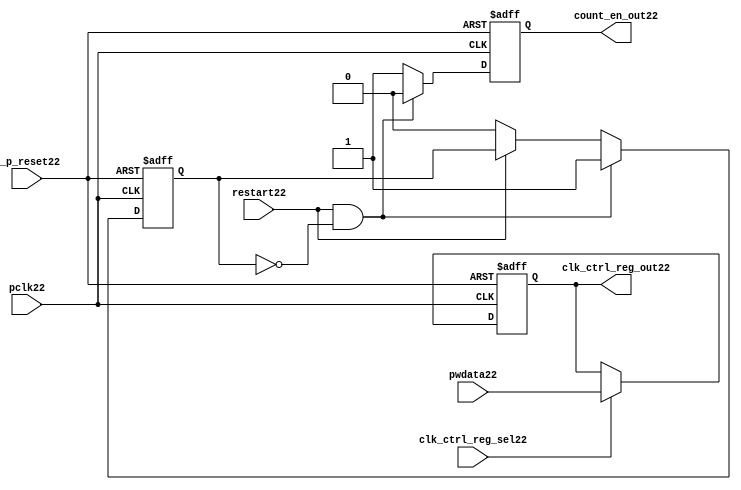
//File22 name   : ttc_count_rst_lite22.v
//Title22       : 
//Created22     : 1999
//Description22 : TTC22 counter reset block
//Notes22       : 
//----------------------------------------------------------------------
//   Copyright22 1999-2010 Cadence22 Design22 Systems22, Inc22.
//   All Rights22 Reserved22 Worldwide22
//
//   Licensed22 under the Apache22 License22, Version22 2.0 (the
//   "License22"); you may not use this file except22 in
//   compliance22 with the License22.  You may obtain22 a copy of
//   the License22 at
//
//       http22://www22.apache22.org22/licenses22/LICENSE22-2.0
//
//   Unless22 required22 by applicable22 law22 or agreed22 to in
//   writing, software22 distributed22 under the License22 is
//   distributed22 on an "AS22 IS22" BASIS22, WITHOUT22 WARRANTIES22 OR22
//   CONDITIONS22 OF22 ANY22 KIND22, either22 express22 or implied22.  See
//   the License22 for the specific22 language22 governing22
//   permissions22 and limitations22 under the License22.
//----------------------------------------------------------------------

module ttc_count_rst_lite22(

  //inputs22
  n_p_reset22,                             
  pclk22, 
  pwdata22,                                                           
  clk_ctrl_reg_sel22,
  restart22,        

  //outputs22
  count_en_out22,
  clk_ctrl_reg_out22

  );


//-----------------------------------------------------------------------------
// PORT DECLARATIONS22
//-----------------------------------------------------------------------------

   // inputs22
   input n_p_reset22;                 // Reset22 signal22
   input pclk22;                    // APB22 System22 clock22
   input [6:0] pwdata22;           // 7-Bit22 pwdata22 from APB22 interface
   input clk_ctrl_reg_sel22;        // Select22 for the clk_ctrl_reg22
   input restart22;                 // Restart22 reset from cntr_ctrl_reg22

   // outputs22
   output count_en_out22;
   output [6:0] clk_ctrl_reg_out22; // Controls22 clock22 selected


//-----------------------------------------------------------------------------
// Internal Signals22 & Registers22
//-----------------------------------------------------------------------------


   
   reg [6:0]    clk_ctrl_reg22;     //7-bit clock22 control22 register.
   
   reg          restart_var22;      //ensures22 prescaler22 reset at start of restart22 
   
   reg          count_en22;         //enable signal22 to counter

   
   wire [6:0]   clk_ctrl_reg_out22; //clock22 control22 output wire
   wire         count_en_out22;     //counter enable output
   
   
//-----------------------------------------------------------------------------
// Logic22 Section22:


//
//    p_clk_ctrl22: Process22 to implement the clk_ctrl_reg22.  
//                When22 select22 line is set then22 the data will be inserted22 to 
//                the clock22 control22 register, otherwise22 it will be equal22 to 
//                the previous value of the register, else it will be zero.
//-----------------------------------------------------------------------------

   assign clk_ctrl_reg_out22  = clk_ctrl_reg22;
   assign count_en_out22      = count_en22;


//    p_ps_counter22: counter for clock22 enable generation22.
   
   always @(posedge pclk22 or negedge n_p_reset22)
   begin: p_ps_counter22
      
      if (!n_p_reset22)
      begin
         restart_var22  <= 1'b0;
         count_en22     <= 1'b0;
      end
      else
      begin
         if (restart22 & ~restart_var22)
         begin
            restart_var22  <= 1'b1;
            count_en22     <= 1'b0;
         end 
         
         else 
           begin
              
              if (~restart22)
                 restart_var22 <= 1'b0;
              else
                 restart_var22 <= restart_var22;
                 
              count_en22     <= 1'b1;        
              
           end
      end // else: !if(!n_p_reset22)      
  
   end  //p_ps_counter22



// p_clk_ctrl22 : Process22 for writing to the clk_ctrl_reg22
   
   always @ (posedge pclk22 or negedge n_p_reset22)
   begin: p_clk_ctrl22
      
      if (!n_p_reset22)
         clk_ctrl_reg22 <= 7'h00;
      else
      begin 

         if (clk_ctrl_reg_sel22)
            clk_ctrl_reg22 <= pwdata22;
         else
            clk_ctrl_reg22 <= clk_ctrl_reg22;

      end 
      
   end  //p_clk_ctrl22

   
endmodule